Vaccine operations Central Provinces 1868-1885 - 1868-1885
Year: 1868
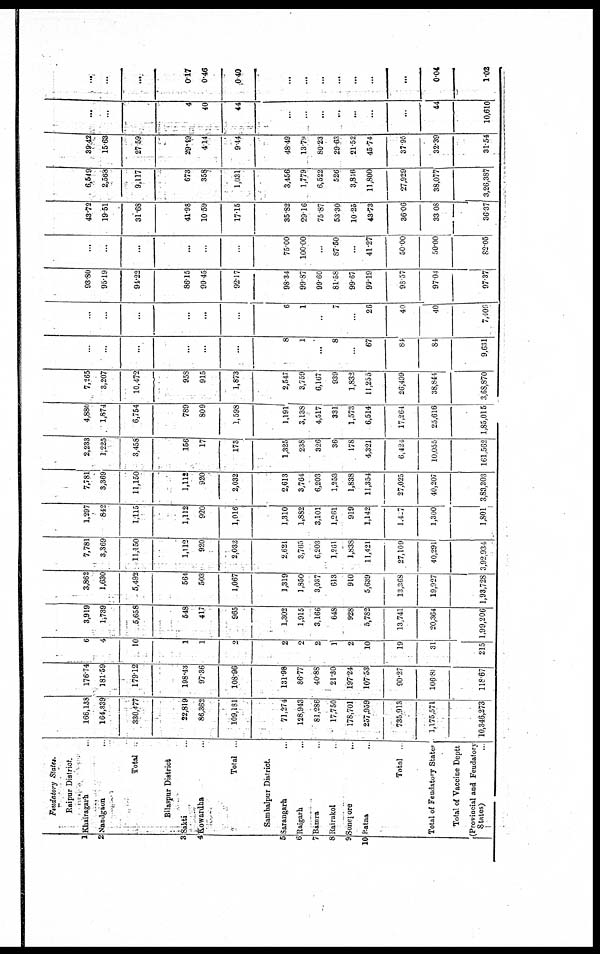
Feudatory States.
Raipur District.
1
2
3
4
5
6
7
8
9
10
Khairagarh ...
Nandgaon ...
Total...
Bilaspur District
Sakti ...
Kowardha ...
Total ...
Sambalpur District .
Sarangarh ...
Raigarh ...
Bamra... ... ... ...
Rairakol... ... ...
Sonepore ...
Patna ...
Total ..
Total of Feudatory States
Total of Vaccine Deptt
(Provincial and Feudatory
States)
166,138
164,339
330,477
22,819
86,362
109,181
71,274
128,943
81,286
17,750
178,701
257,959
735,913
1,175,571
10,346,273
176.74
181.59
179.12
198.43
97.36
108.96
131.98
86.77
40.80
21.30
197.24
107.53
90.27
106.88
118.67
6
4
10
1
1
2
2
2
2
1
2
10
19
31
215
3,919
1,739
5,658
548
417
965
1,302
1,915
3,166
648
928
5,782
13,741
20,364
1,99,206
3,862
1,630
5,492
564
503
1,067
1,319
1,850
3,037
613
910
5,639
13,368
19,927
1,93,728
7,781
3,369
11,150
1,112
920
2,032
2,621
3,765
6,203
1,261
1,838
11,421
27,109
40,291
3,92,934
1,297
842
1,115
1,112
920
1,016
1,310
1,882
3,101
1,261
919
1,142
1,407
1,300
1,801
7,781
3,369
11,150
1,112
920
2,032
2,613
3,764
6,203
1,253
1,838
11,354
27,025
40,207
3,83,303
2,233
1,225
3,458
156
17
173
1,325
238
326
36
178
4,321
6,424
10,055
161,562
4,880
1,874
6,754
789
809
1,598
1,191
3,138
4,517
331
1,573
6,514
17,264
25,616
1,85,015
7,265
3,207
10,472
958
915
1,873
2,547
3,759
6,167
939
1,832
11,255
26,499
38,844
3,68,870
...
...
...
...
...
...
8
1
...
8
...
67
84
84
9,631
...
...
...
...
...
...
6
1
...
7
...
26
40
40
7,409
93.80
95.19
94.22
86.15
99.45
92.17
98.34
99.87
99.60
81.58
99.67
99.19
98.57
97.04
97.37
...
...
...
...
...
...
75.00
100.00
...
87.50
...
41.27
50.00
50.00
82.05
43.72
19.51
31.68
41.98
10.59
17.15
35.82
29.16
75.87
53.30
10.25
43.73
36.06
33.08
36.37
6,549
2,568
9,117
673
358
1,031
3,456
1,779
6,522
526
3,846
11,800
27,929
38,077
3,26,387
39.42
15.63
27.59
29.49
4.14
9.44
48.49
13.79
80.23
29.63
21.52
45.74
37.95
32.39
31.54
...
...
...
4
40
44
...
...
...
...
...
...
...
44
10,610
...
...
...
0.17
0.46
0.40
...
...
...
...
...
...
...
0.04
1.02